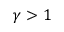
\gamma > 1